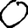
Digit: 0